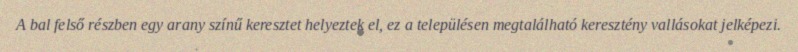
A bal felső részben egy arany színű keresztet helyeztek el, ez a településen megtalálható keresztény vallásokat jelképezi.